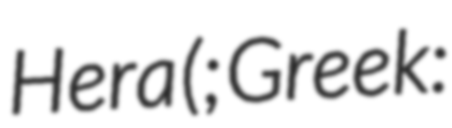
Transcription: Hera (; Greek: